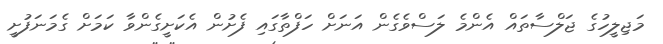
މަޖިިލީހުގެ ޖަލްސާތައް އެންމެ ލަސްވެގެން އަނަށް ހަފްތާގައި ފެށުން އެކަށީގެންވާ ކަމަށް ގެމަނަފުށީ